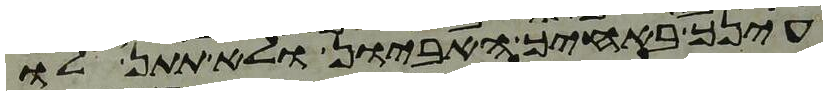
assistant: עינך באחיך האביון ולא תתן לו